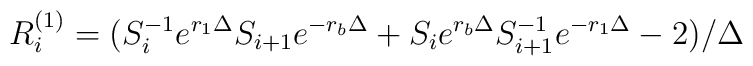
R^{(1)}_i = (S^{-1}_i e^{r_1\Delta}S_{i+1} e^{-r_b\Delta}+ S_i e^{r_b\Delta}S^{-1}_{i+1} e^{-r_1\Delta} - 2)/\Delta